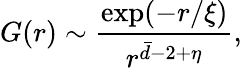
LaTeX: G(r)\sim\frac{\exp(-r/\xi)}{r^{\bar{d}-2+\eta}},